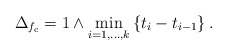
\begin{align*}\Delta_{f_{\mathrm{c}}} = 1 \wedge \min_{i = 1 , \ldots , k} \left\lbrace t_{i} - t_{i-1} \right\rbrace.\end{align*}